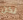
لكن